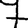
Digit: 7